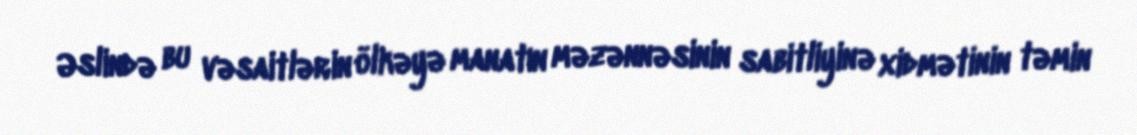
Əslində bu vəsaitlərin ölkəyə manatın məzənnəsinin sabitliyinə xidmətinin təmin